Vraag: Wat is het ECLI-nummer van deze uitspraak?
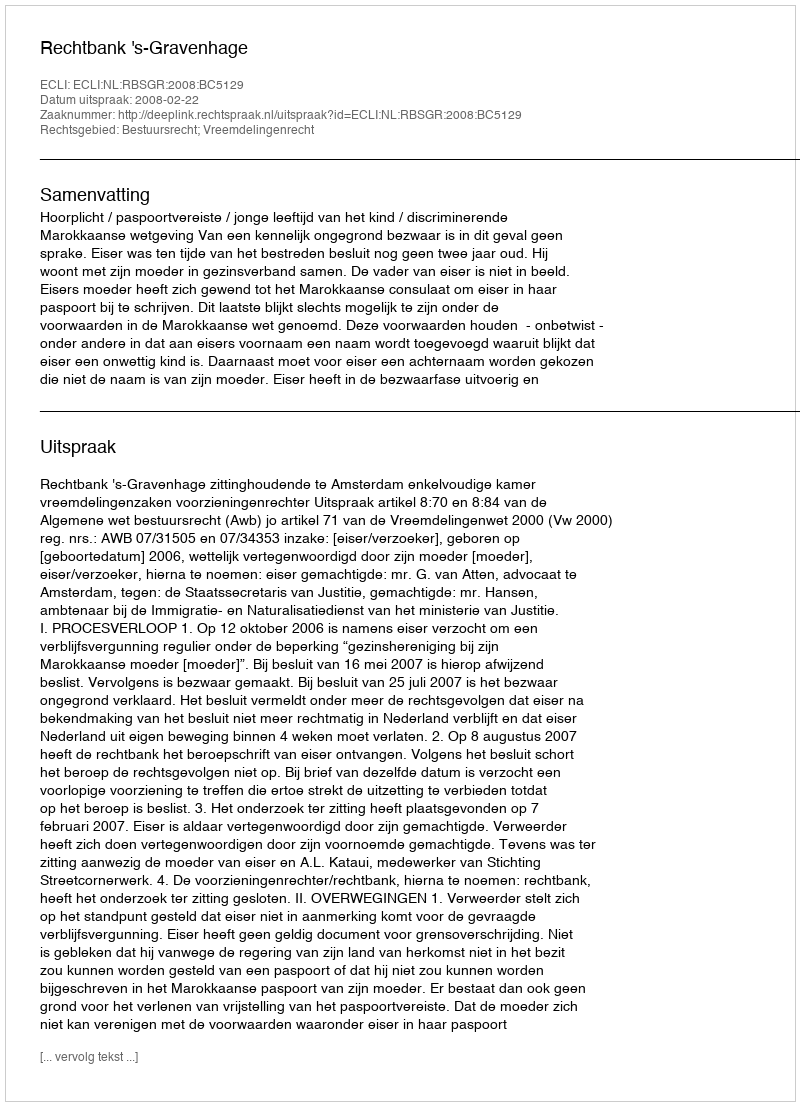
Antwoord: ECLI:NL:RBSGR:2008:BC5129